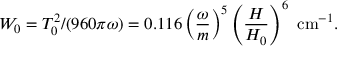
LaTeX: \displaystyle { W _ { 0 } = T _ { 0 } ^ { 2 } / ( 9 6 0 \pi \omega ) } = 0 . 1 1 6 \left( \frac { \omega } { m } \right) ^ { 5 } \left( \frac { H } { H _ { 0 } } \right) ^ { 6 } ~ \mathrm { c m } ^ { - 1 } .